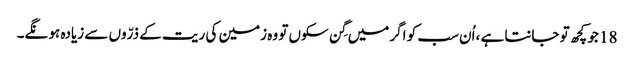
18 جو کچھ تو جانتا ہے ،اُن سب کو اگر میں گِن سکوں تو وہ زمین کی ریت کے ذرّوں سے زیادہ ہو نگے۔